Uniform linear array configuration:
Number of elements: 64
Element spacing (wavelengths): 0.5
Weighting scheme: cosine
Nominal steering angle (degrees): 60
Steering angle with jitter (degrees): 60.54
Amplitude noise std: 0.05
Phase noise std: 0.05

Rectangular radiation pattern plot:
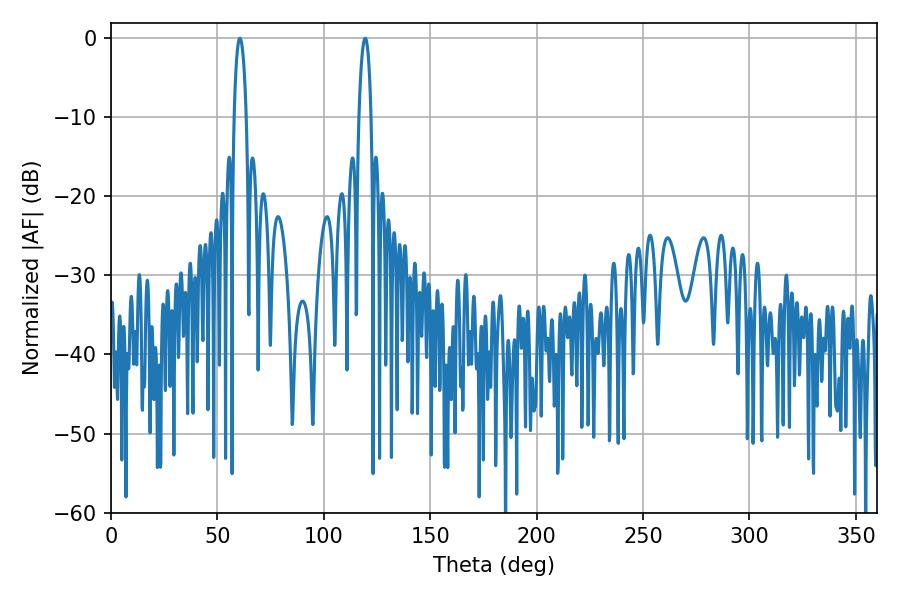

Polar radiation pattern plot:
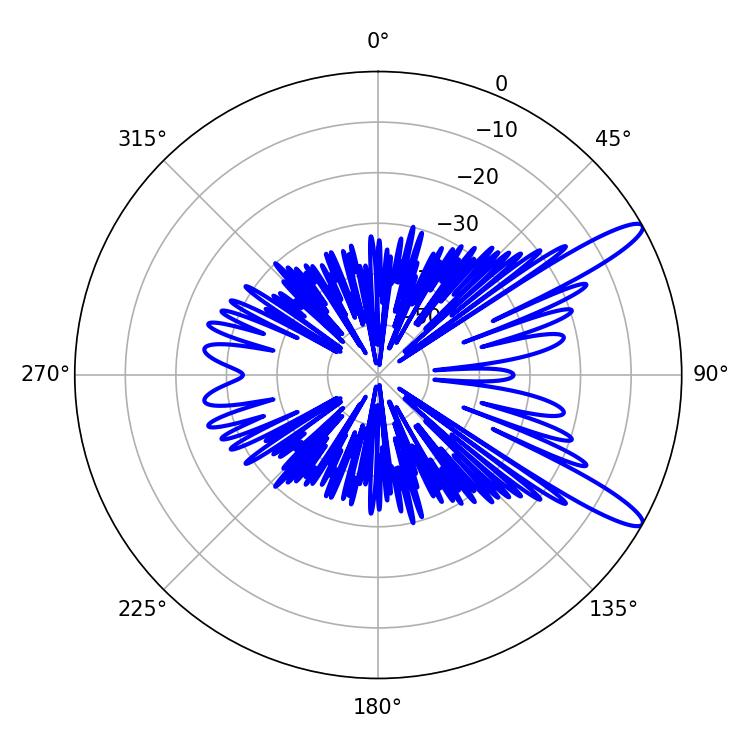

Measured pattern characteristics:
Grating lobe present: FALSE
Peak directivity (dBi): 12.593
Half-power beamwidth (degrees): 3.24
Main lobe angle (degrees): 60.48